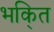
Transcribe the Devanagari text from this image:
भकि्‌त